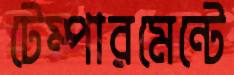
টেম্পারমেন্টে